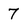
Character: 7